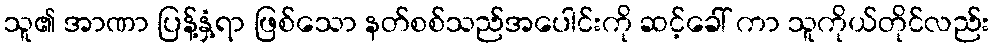
သူ၏ အာဏာ ပြန့်နှံ့ရာ ဖြစ်သော နတ်စစ်သည်အပေါင်းကို ဆင့်ခေါ် ကာ သူကိုယ်တိုင်လည်း